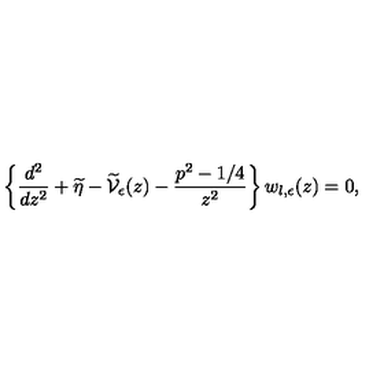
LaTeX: \left\{ \frac { d ^ { 2 } } { d z ^ { 2 } } + \widetilde { \eta } - \widetilde { \mathcal V } _ { \epsilon } ( z ) - \frac { p ^ { 2 } - 1 / 4 } { z ^ { 2 } } \right\} w _ { l , \epsilon } ( z ) = 0 ,